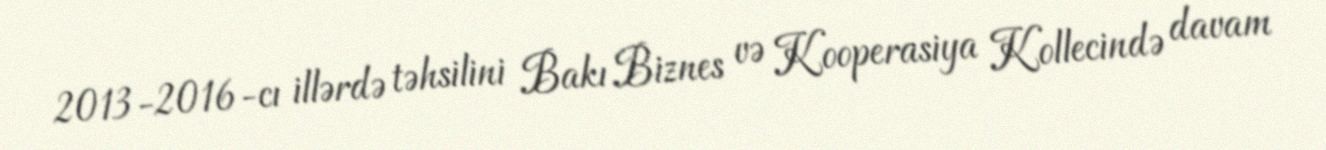
2013-2016-cı illərdə təhsilini Bakı Biznes və Kooperasiya Kollecində davam